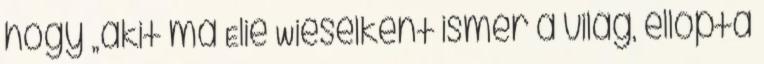
hogy „akit ma Elie Wieselként ismer a világ, ellopta